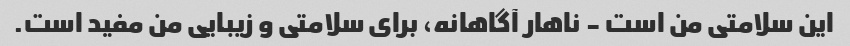
این سلامتی من است - ناهار آگاهانه، برای سلامتی و زیبایی من مفید است.